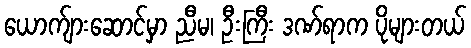
ယောက်ျားဆောင်မှာ ညီမ၊ ဦးကြီး ဒဏ်ရာက ပိုများတယ်